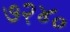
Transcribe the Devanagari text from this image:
७२४०